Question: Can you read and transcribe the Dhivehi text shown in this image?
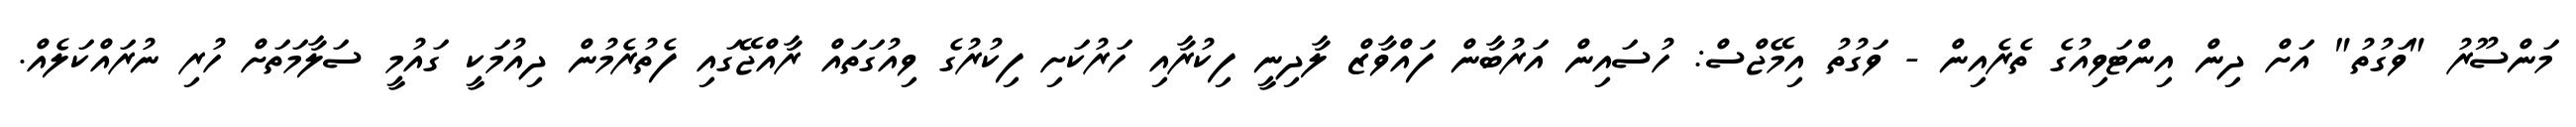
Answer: މަންސޫރު "ވަގުތު" އަށް ދިން އިންޓަވިއުގެ ތެރެއިން - ވަގުތު އިމޭޖްސް: ހުސައިން އަރުބާން ފައްވާޒް ލާދިނީ ފިކުރާއި ހަރުކަށި ފިކުރުގެ ވިއުގަތައް ރާއްޖޭގައި ފެތުރެމުން ދިއުމަކީ ގައުމީ ސަލާމަތަށް ހުރި ނުރައްކަލެއް.